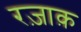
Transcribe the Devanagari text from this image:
रज़ाक़